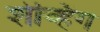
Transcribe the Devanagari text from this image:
शेव्हिंग